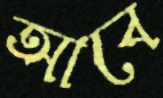
আবে